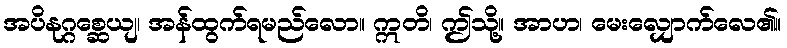
အပိနုဂ္ဂစ္ဆေယျ၊ အန်ထွက်ရမည်လော။ ဣတိ၊ ဤသို့။ အာဟ၊ မေးလျှောက်လေ၏။